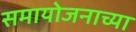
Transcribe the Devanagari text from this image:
समायोजनाच्या